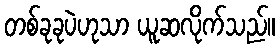
တစ်ခုခုပဲဟုသာ ယူဆလိုက်သည်။